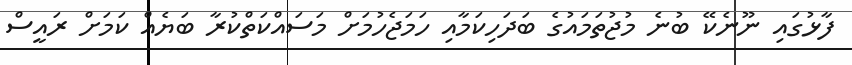
ފާޅުގައި ނޫނެކޭ ބުނެ މުޖުތަމައުގެ ބަދަހިކަމާއި ހަމަޖެހުމަށް މަސައްކަތްކުރާ ބަޔެއް ކަމަށް ރައީސް